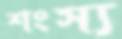
শংস্য